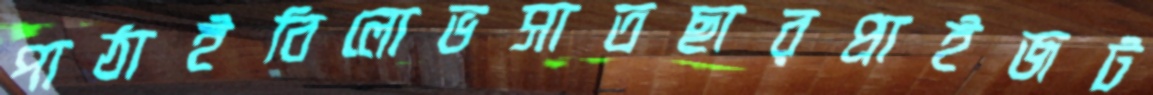
পাঠাইবিলোভসাতছারপ্রাইজট